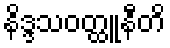
နိဒ္ဒသဝတ္ထူနီတိ